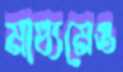
মাধ্যমেও